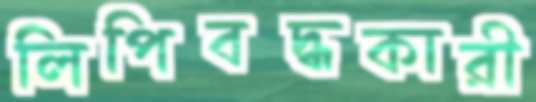
লিপিবদ্ধকারী